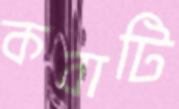
কবাটি